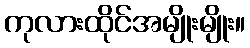
ကုလားထိုင်အမျိုးမျိုး။